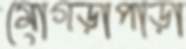
মোগড়াপাড়া